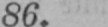
86.